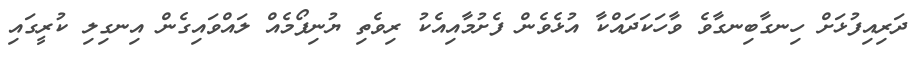
ދަރިއިފުޅަށް ހިނގާބިނގާވެ ވާހަކަދައްކާ އުޅެވެން ފެށުމާއިއެކު ރިވެތި ޔުނިފޯމެއް ލައްވައިގެން އިނގިލި ކުރީގައި